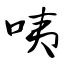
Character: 咦